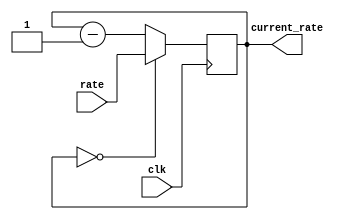
module RateDivider(clk, rate, current_rate);
	input clk;
	input[28:0] rate;
	output[28:0] current_rate;
	reg[28:0] out= 0;
	assign current_rate = out;
	
    // every time the clock ticks, out decreases by 1, and if its 0 then reset it to the inputted rate
    // output the out variable
	always @(posedge clk)
	begin
		if(out == 0)
			out <= rate;
		else
			out <= out - 1'b1;
	end

endmodule